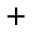
^ +